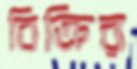
বিক্রির